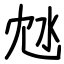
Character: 沊